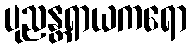
ပုညန္တရာယကရော